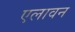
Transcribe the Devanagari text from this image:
एलावन